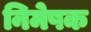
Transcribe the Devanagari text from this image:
निमेषक